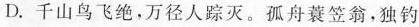
睡鸳鸯D.千山鸟飞绝，万径人踪灭。孤舟蓑笠翁，独钓